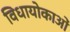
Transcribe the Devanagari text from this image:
विधायोकाओं